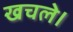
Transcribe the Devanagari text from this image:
खचले।